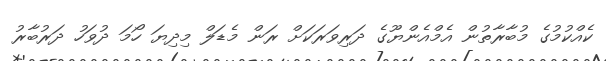
ކެއްކުމުގެ މުބާރާތުން އެމްއެންޔޫގެ ދަރިވަރަކަށް ރަން މެޑަލް މިދިޔަ ހޯމަ ދުވަހު ދަރުބާރު